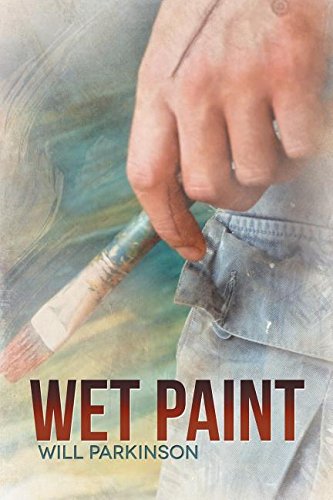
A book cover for Wet Paint; Will Parkinson; Teen & Young Adult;